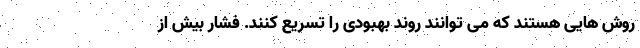
روش هایی هستند که می توانند روند بهبودی را تسریع کنند. فشار بیش از